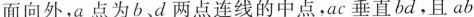
面向外，a点为b、d两点连线的中点,ac垂直bd,且ab